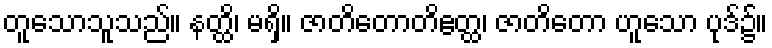
တူသောသူသည်။ နတ္ထိ၊ မရှိ။ ဇာတိတောတိဧတ္ထ၊ ဇာတိတော ဟူသော ပုဒ်၌။